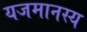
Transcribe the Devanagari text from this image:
यजमानस्य